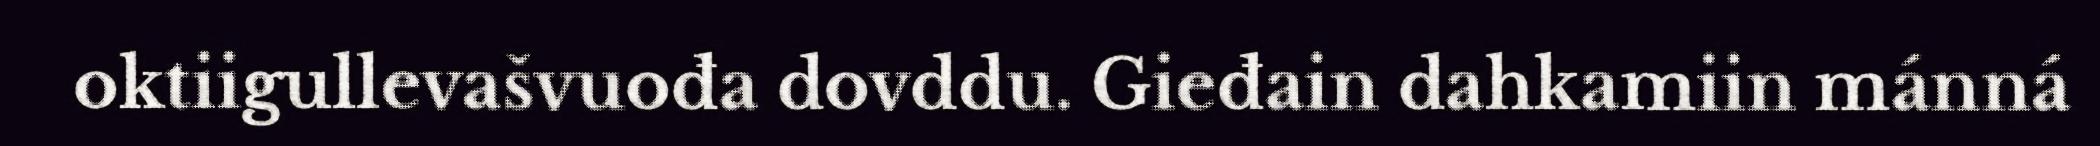
oktiigullevašvuođa dovddu. Gieđain dahkamiin mánná